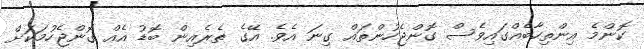
ކޮންމެ އިންތިހާބެއްގައިވެސް ގޮންޖެހުންތައް ގިނަ އެވެ. އޭގެ ތެރެއިން ބޮޑު އެއް ގޮންޖެހުމަކަށް